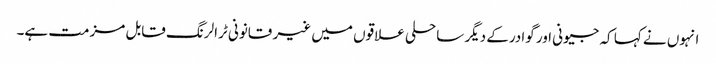
انہوں نے کہا کہ جیونی اور گوادرکے دیگر ساحلی علاقوں میں غیر قانونی ٹرالرنگ قابل مزمت ہے۔